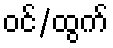
ဝင်/ထွက်